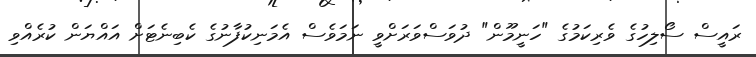
ރައީސް ސޯލިހުގެ ވެރިކަމުގެ "ހަނީމޫން" ދުވަސްވަރަށްވީ ނަމަވެސް އެމަނިކުފާނުގެ ކެބިނެޓަށް އައްޔަން ކުރެއްވި